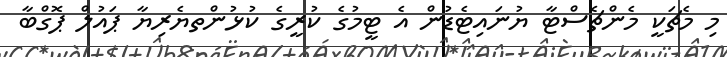
މި މެޗަކީ މެންޗެސްޓާ ޔުނައިޓެޑުން އެ ޓީމުގެ ކުރީގެ ކުޅުންތޔެރިޔާ ޕައުލް ޕޮގްބާ